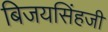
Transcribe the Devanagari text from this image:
बिजयसिंहजी